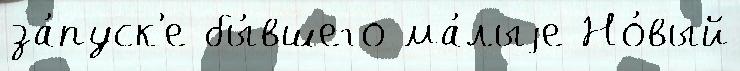
за́пуск'е бы́вшего ма́лыjе Но́вый